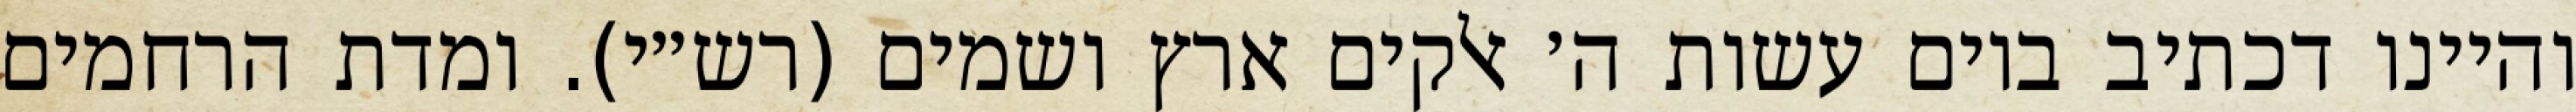
והיינו דכתיב ביום עשות ה׳ אלקים ארץ ושמים (רש״י). ומדת הרחמים